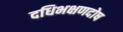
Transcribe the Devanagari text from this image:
दधिभक्षणदोष